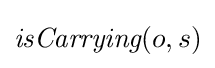
{\textit {isCarrying}}(o,s)